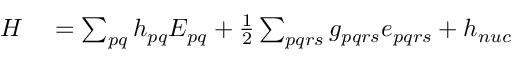
\begin{array} { r l } { H } & { { } = \sum _ { p q } h _ { p q } E _ { p q } + \frac { 1 } { 2 } \sum _ { p q r s } g _ { p q r s } e _ { p q r s } + h _ { n u c } } \end{array}